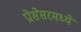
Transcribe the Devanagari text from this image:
प्रोसेसरमध्ये